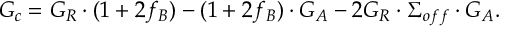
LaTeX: G _ { c } = G _ { R } \cdot ( 1 + 2 f _ { B } ) - ( 1 + 2 f _ { B } ) \cdot G _ { A } - 2 G _ { R } \cdot \Sigma _ { o f f } \cdot G _ { A } .